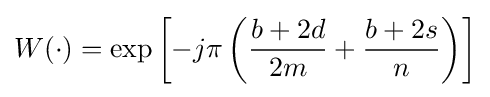
W(\cdot )=\exp \left[-j\pi \left({\frac {b+2d}{2m}}+{\frac {b+2s}{n}}\right)\right]